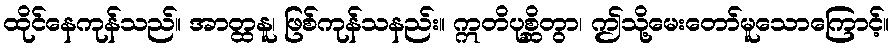
ထိုင်နေကုန်သည်။ အာတ္ထနူ၊ ဖြစ်ကုန်သနည်း။ ဣတိပုစ္ဆိတွာ၊ ဤသို့မေးတော်မူသောကြောင့်။